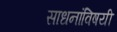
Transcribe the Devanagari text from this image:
साधनांविषयी